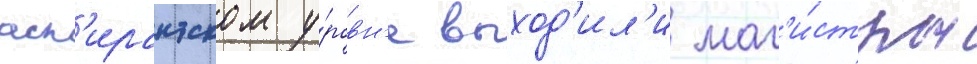
асп'ирантском у́ровн'е выход'ил'и маг'и́стры